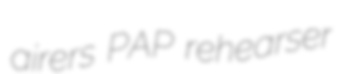
airers PAP rehearser